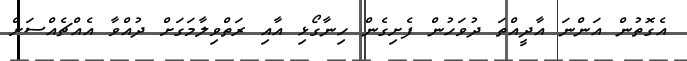
އެގޮތުން އަންނަ އާދީއްތަ ދުވަހުން ފެށިގެން ހިނާގޯޅި އާއި ރަތްވިލާމަގަށް ދުއްވާ އެއްޗެއްސަށް